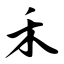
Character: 禾